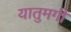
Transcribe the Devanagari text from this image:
यातुमगी